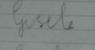
Signature authenticity: forged